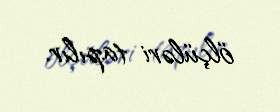
ölçüləri tapılır.